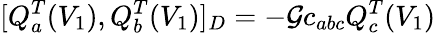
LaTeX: [Q_{a}^{T}(V_{1}),Q_{b}^{T}(V_{1})]_{D}=-\mathcal{G}c_{abc}Q_{c}^{T}(V_{1})